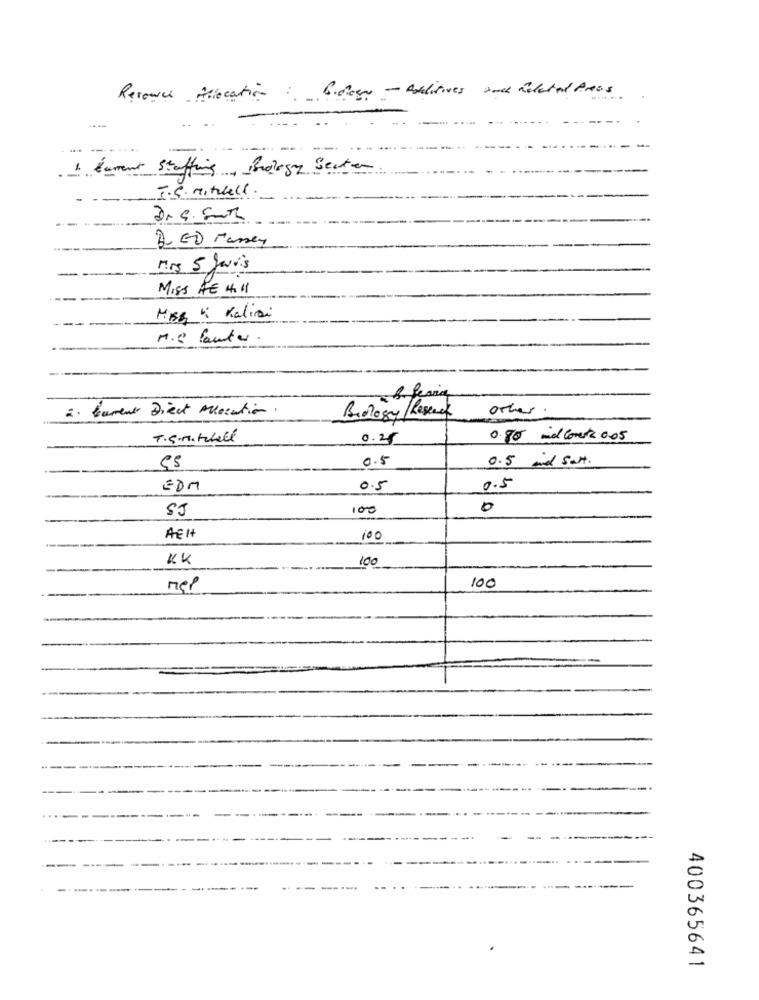
Resource Allocation : Biology - Additives and Related Press
... .....
1. furent Staffing , Biology Sector
I.S. Mittell.
BED Massey
Mrs 5 Jours
MISS AE 4.11
Miss " Kalisi
M.C fautes
2. tament Direct Allocution
other
Biology/Research
T.G.Mitchell
0.25
0.80 mid Comesta 0.05
0.5
0.5 and salt .
EDM
0.5
0.5
SJ
100
0
AEH
100
KK
100
nei
100
400365641